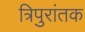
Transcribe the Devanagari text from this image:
त्रिपुरांतक